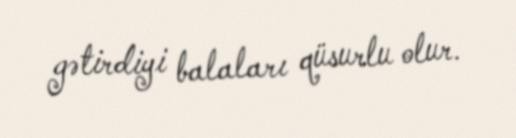
gətirdiyi balaları qüsurlu olur.